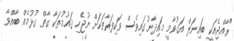
"ރާއްޖެއަކީ ބައިނަލް އަގުވާމީ މައިދާނުގައިވެސް ވަކިފަރާތަކަށް ނުޖެހި ޤައުމުތަކާ ގާތް ގުޅުމެއް ބާއްވާ